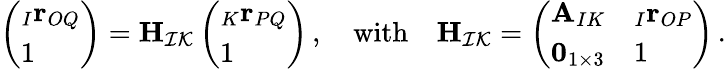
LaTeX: \left(\begin{array}{l}{_{I}\mathbf r_{OQ}}\\ {1}\end{array}\right)=\mathbf H_{\mathcal{I}\mathcal{K}}\left(\begin{array}{l}{_{K}\mathbf r_{PQ}}\\ {1}\end{array}\right)\, ,\quad\mathrm{with}\quad\mathbf H_{\mathcal{I}\mathcal{K}}=\left(\begin{array}{ll}{\mathbf A_{IK}}&{_{I}\mathbf r_{OP}}\\ {\mathbf{0}_{1\times 3}}&{1}\end{array}\right)\, .